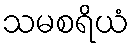
သမစရိယံ